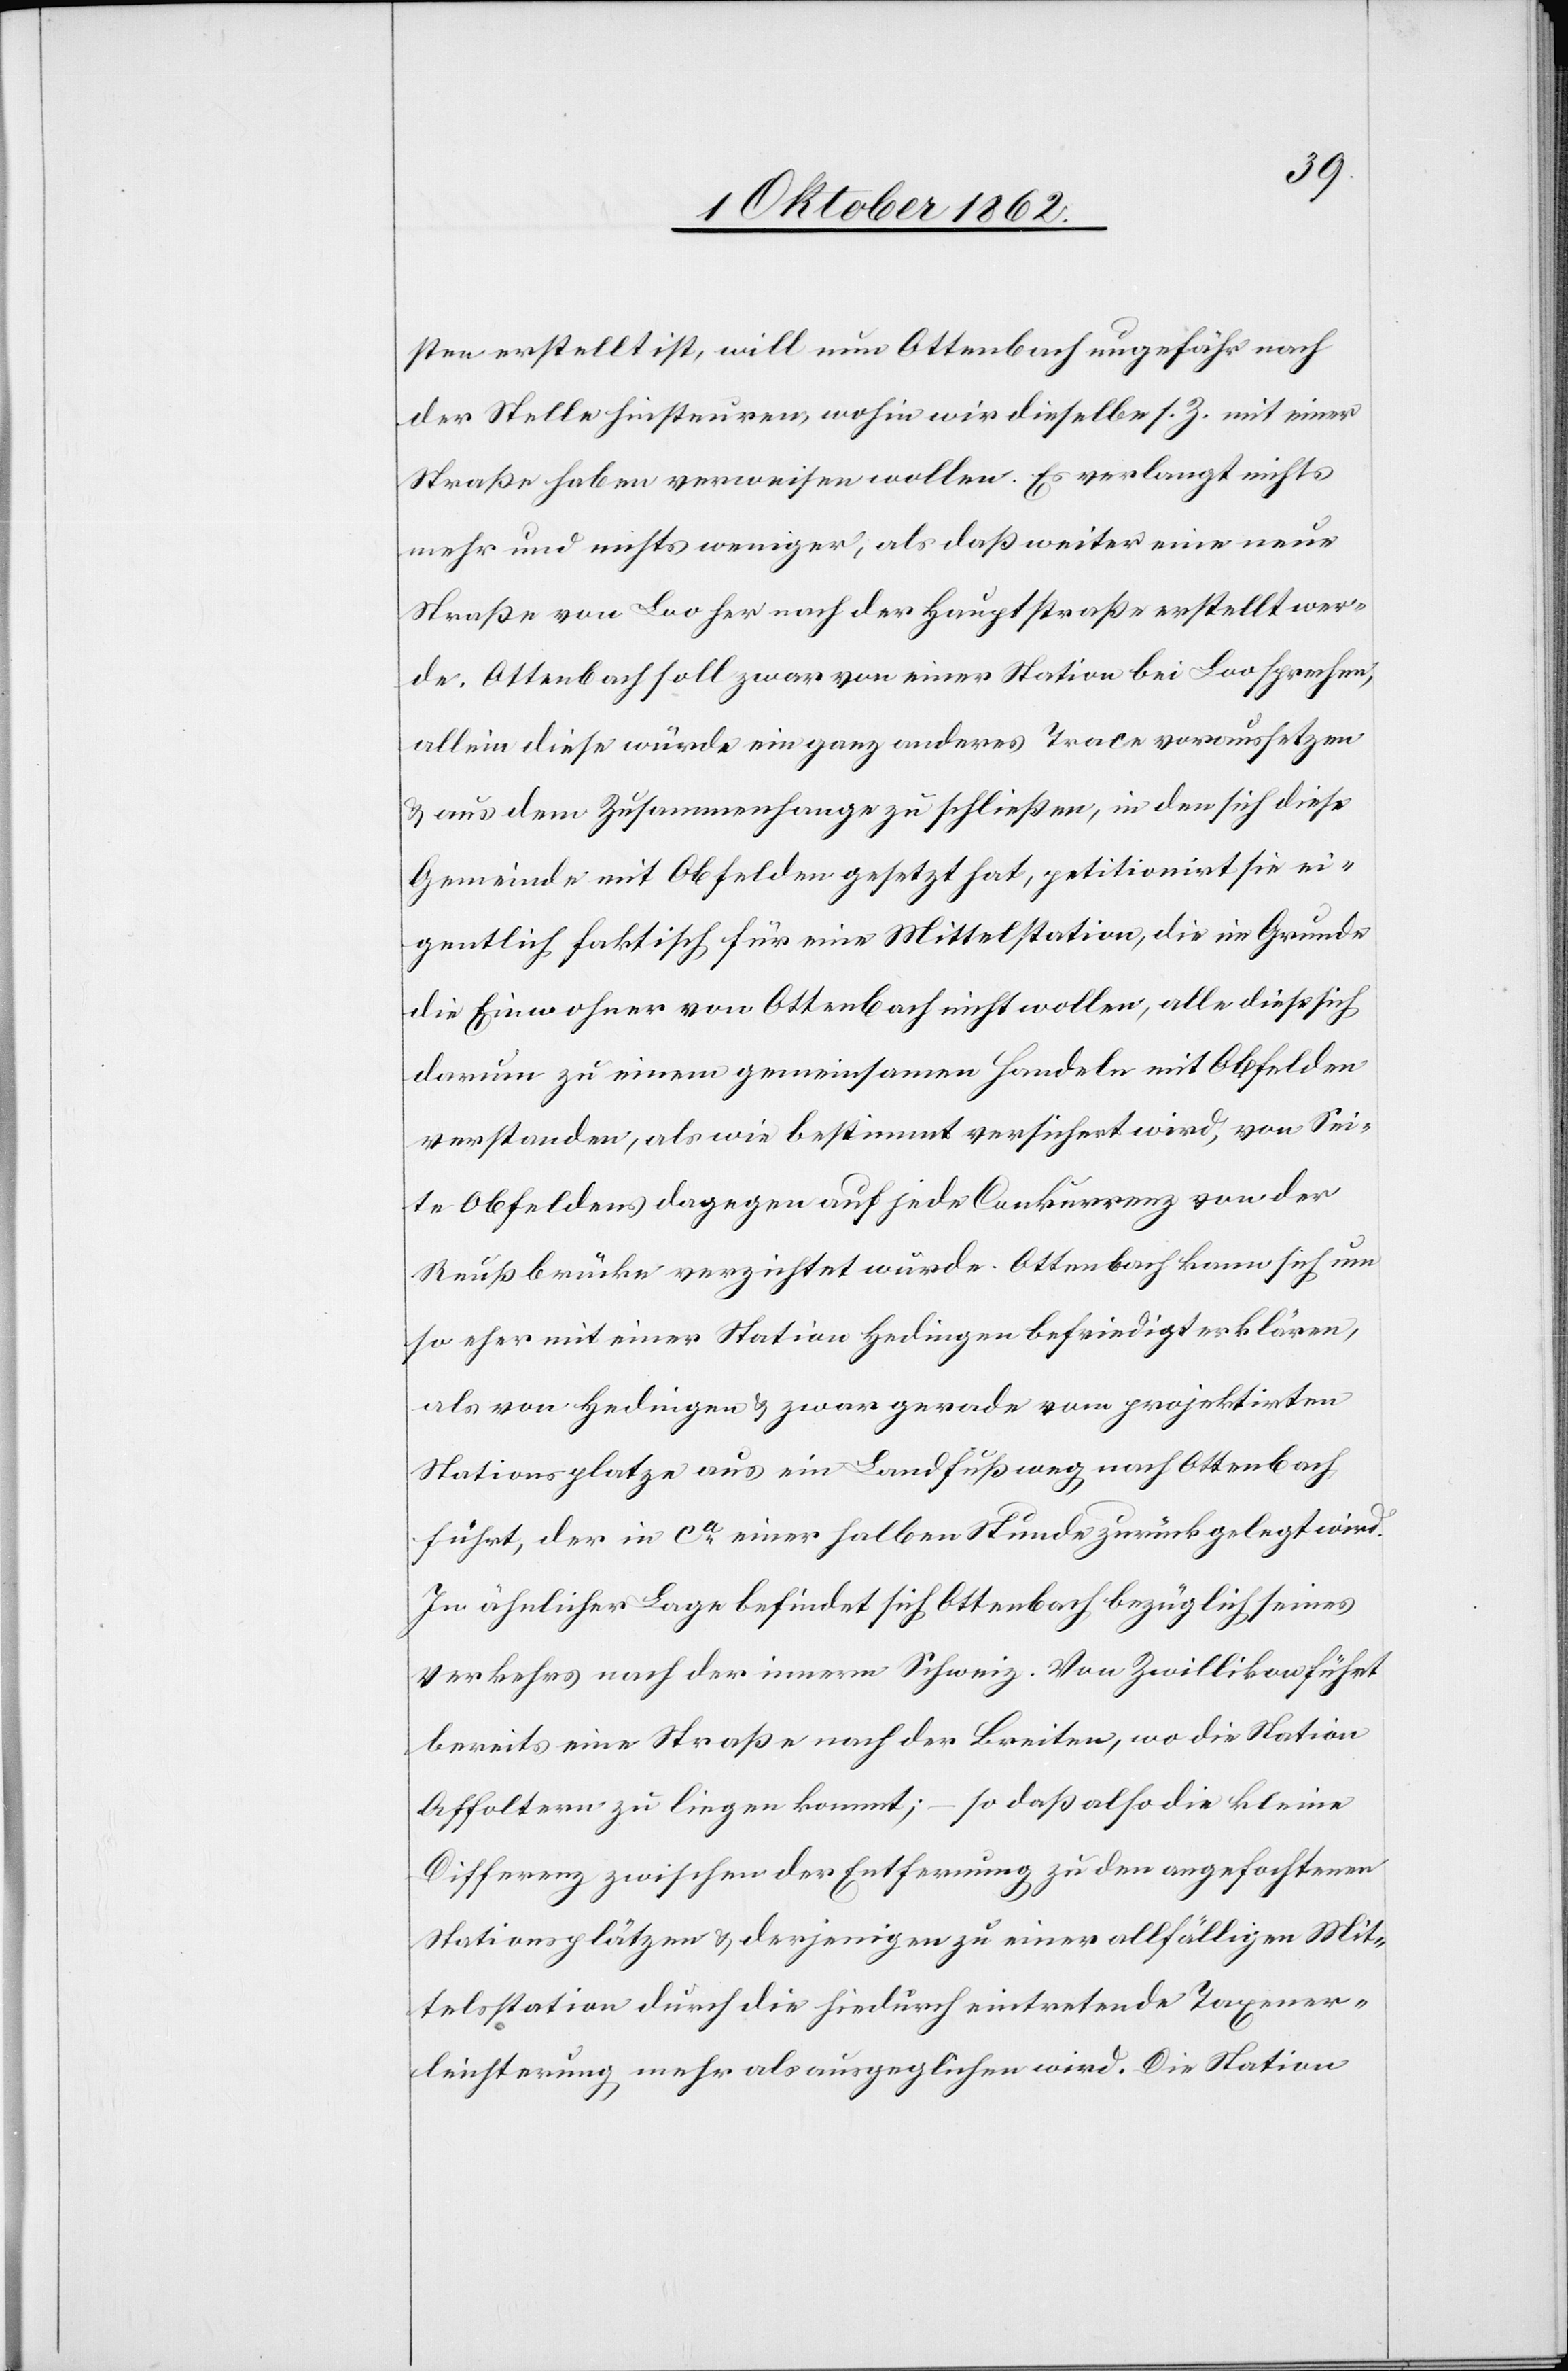
sten erstellt ist, will nun Ottenbach ungefähr nach
der Stelle hinsteuren, wohin wir dieselbe s. Z. mit einer
Straße haben verweisen wollen. Er verlangt nichts
mehr und nichts weniger, als daß weiter eine neue
Straße von Loo her nach der Hauptstraße erstellt wer¬
de. Ottenbach soll zwar von einer Station bei Loo sprechen,
allein diese würde ein ganz anderes Trace voraussetzen
u. aus dem Zusammenhange zu schließen, in den sich diese
Gemeinde mit Obfelden gesetzt hat, petitionirt sie ei¬
gentlich faktisch für eine Mittelstation, die im Grunde
die Einwohner von Ottenbach nicht wollen, alle dieß [sic!]
darum zu einem gemeinsamen Handeln mit Obfelden
verstanden, als wie bestimmt versichert wird, von Sei¬
ten Obfeldens dagegen auf jede Conkurrenz von der
Reußbrücke verzichtet würde. Ottenbach kann sich um
so eher mit einer Station Hedingen befriedigt erklären,
als von Hedingen u. zwar gerade vom projektirten
Stationsplatze aus im Landfußweg nach Ottenbach,
führt, der in ca einer halben Stunde zurückgelegt wird.
In ähnlicher Lage befindet sich Ottenbach bezüglich seines
Verkehrs nach der innern Schweiz. Von Zwillikon führt
bereits eine Straße nach der Breiten, wo die Station
Affoltern zu liegen kommt; – so daß also die kleine
Differenz zwischen der Entfernung zu den angefochtenen
Stationsplätzen u. derjenigen zu einer allfälligen Mit¬
telsstation durch die hindurch eintretende Taxener¬
leichterung mehr als ausgeglichen wird. Die Station